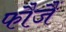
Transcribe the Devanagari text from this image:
फौजैं